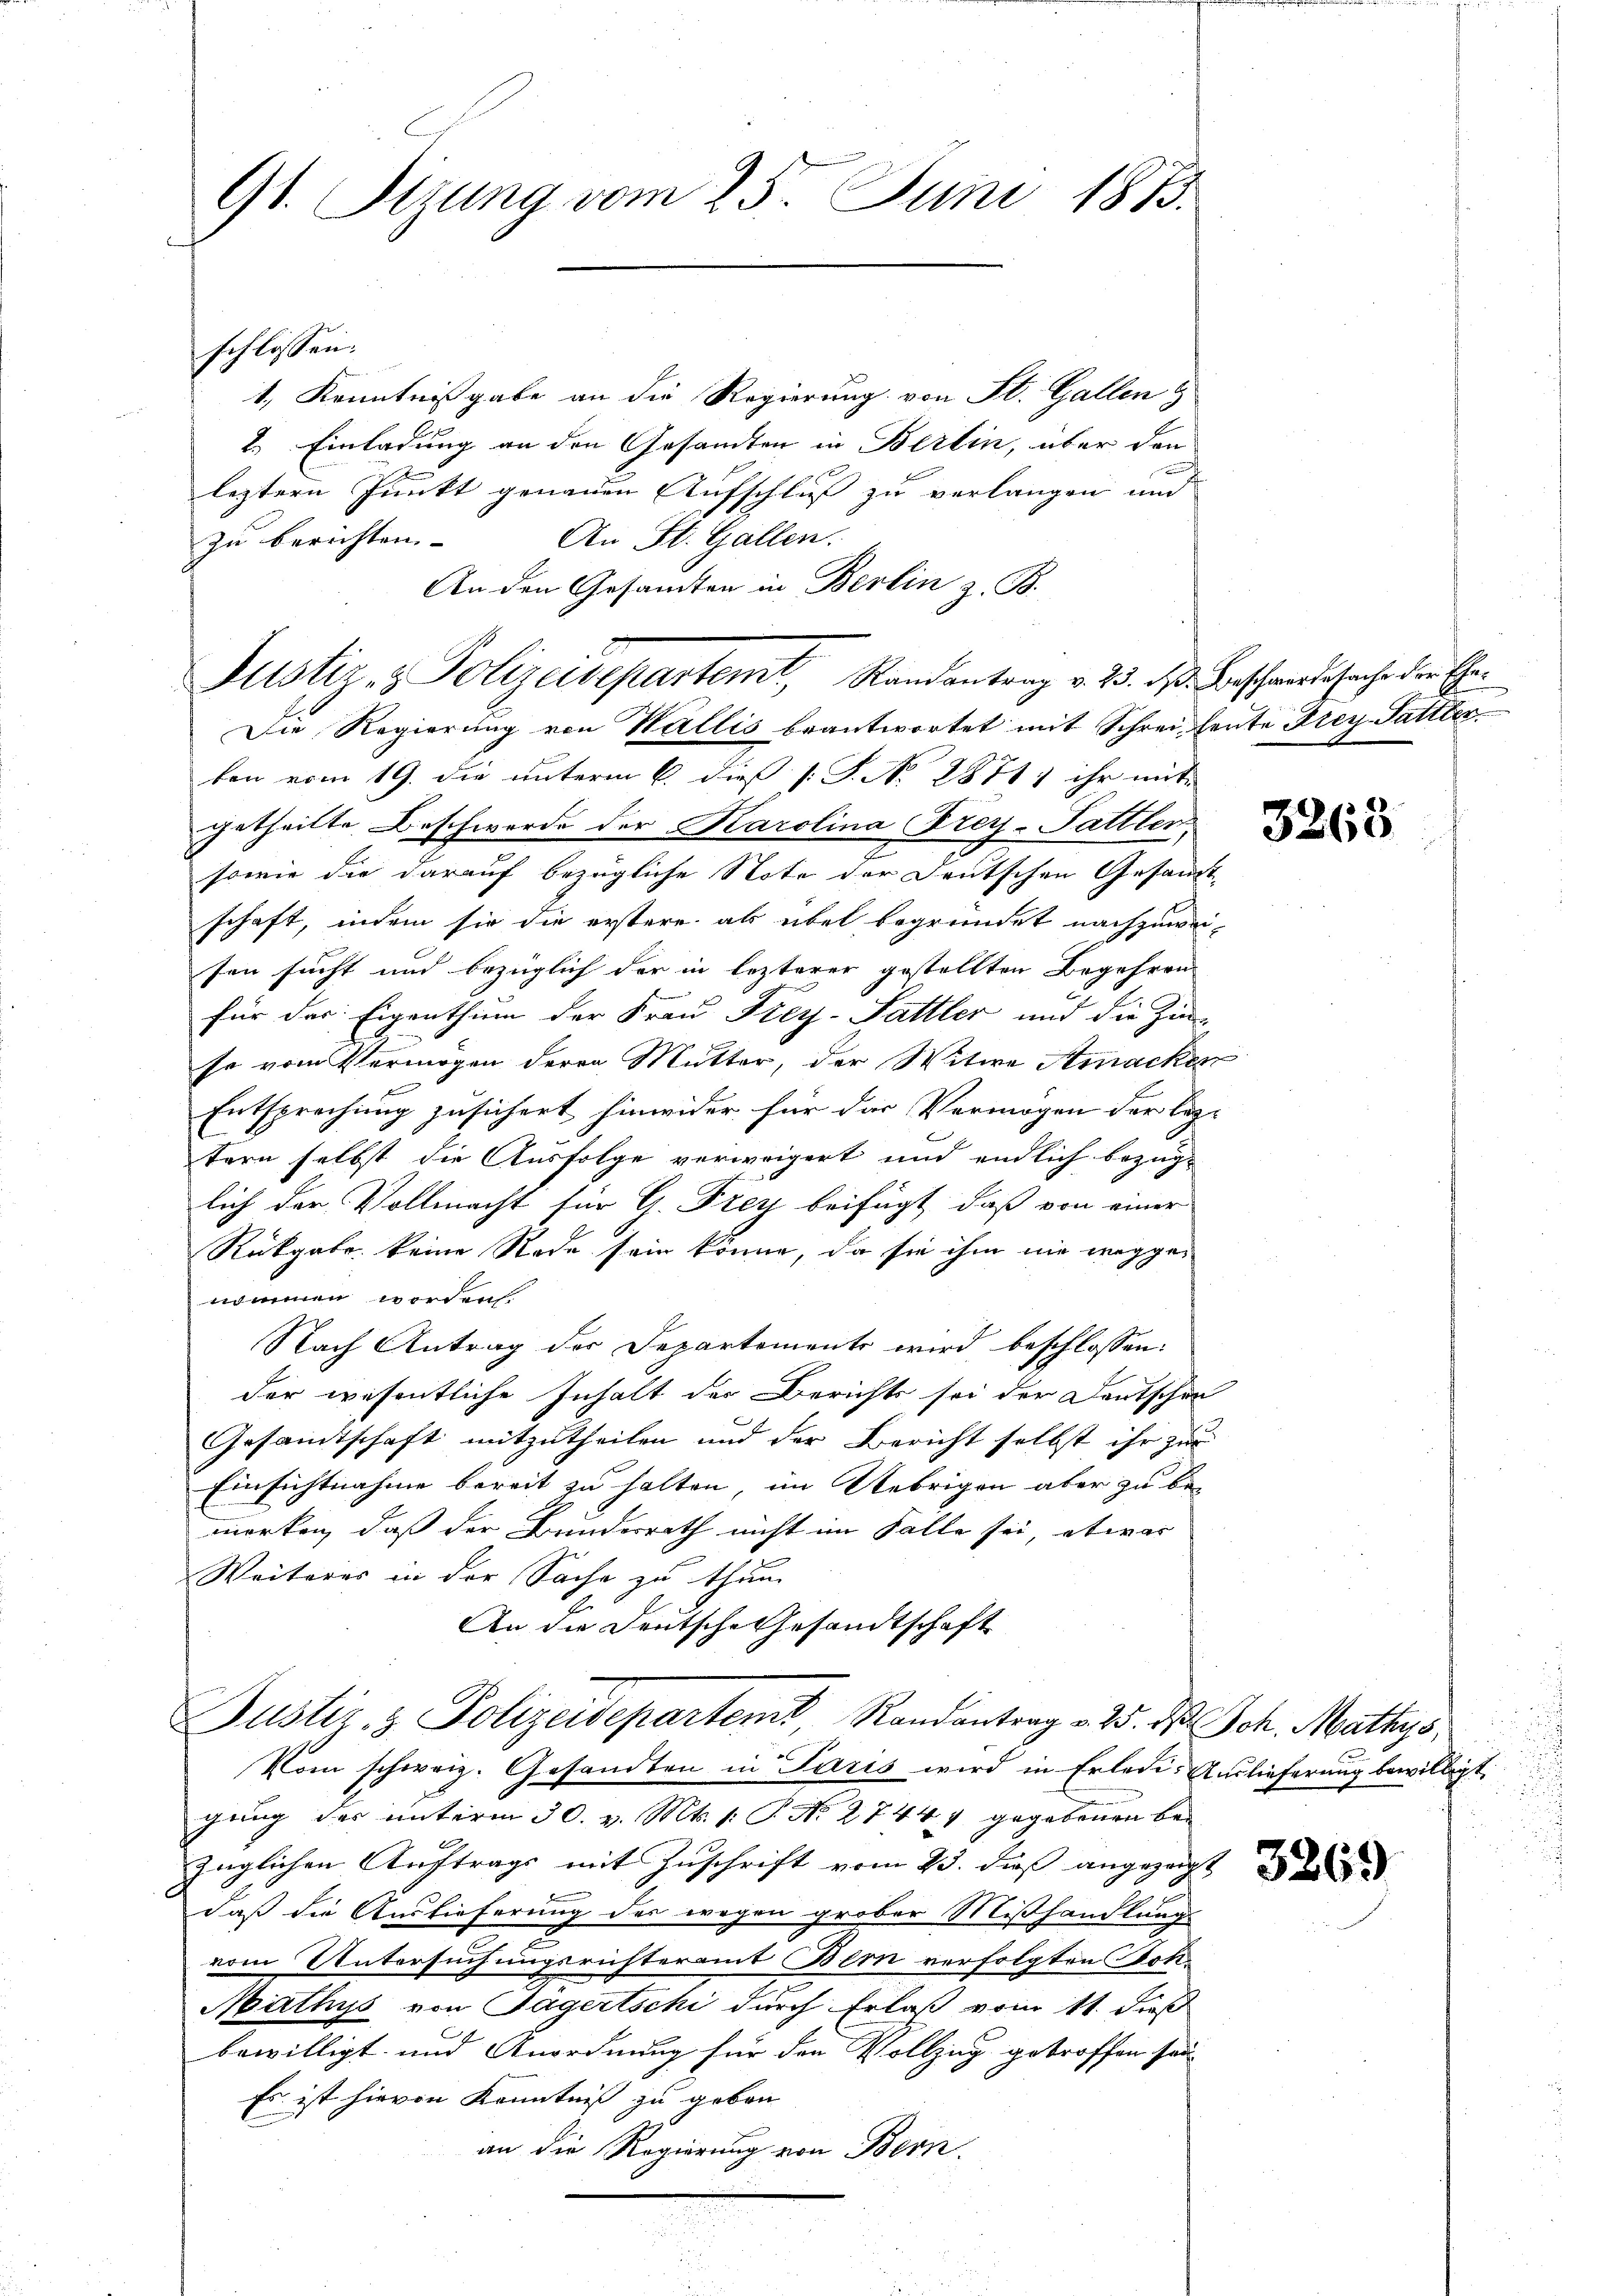
91. Sizung vom 25. Juni 1883.

schlossen:
1., Kenntnißgabe an die Regierung von St. Gallen
2.) Einladung an den Gesamten in Berlin, über den
leztern Punkt genauen Aufschluß zu verlangen und
An St. Gallen.
zu berichten.
An den Gesamten in Berlin z. B.
Die Regierung von Wallis beantwortet mit Schrei heute Frey-Sattler
ten vom 19. die unterm 6. dieß [S. No 28717 ihr mit
getheilte Beschwerde der Karolina Drey-Pattler,
sowie die darauf bezügliche Note der Deutschen Gesandt-
schaft, indem sie die erstere als übel begründet nachzuweisen sucht und bezüglich der in lezterer gestellten Begehren
für das Eigenthum der Frau Frey-Pattler und die Zinse vom Vermögen deren Mutter, der Witwe Amacken
Entsprechung zusichert, hinwider für das Vermögen der leztern selbst die Ausfolge verweigert und endlich bezüg-
lich der Vollmacht für G. Frey beifügt, daß von einer
Rückgabe keine Rede sein könne, da sie ihm nie weggenommen worden.
Nach Antrag der Departements wird beschlossen:
der wesentliche Inhalt der Berichts sei der Deutschen
Gesamtschaft mitzutheilen und der Bericht selbst ihr zur
Einsichtnahme bereit zu halten, im Uebrigen aber zu be-
merken, daß der Bundesrath nicht im Falle sei, etwas
Weiteres in der Sache zu thun
An die Deutsche Gesandtschaft
Justiz- & Polizeideparten Randantrag - 25. ds Joh. Mathys
Vom schweiz. Gesandten in Paris wird in Erlede: Auslieferung bewilligt,
gung der unterm 30. v. Mts. 1. P. Nr. 2744. 4 gegebenen bezüglichen Aŭftrags mit Zŭschrift vom 23. dieß angezeigt
daß die Auslieferung des wegen grober Mißhandlung
e
vom Untersuchungsrichteramt Bern verfolgten Stok¬
Mathys von Sagertschi durch Erlaß vom 11. dieß
bewilligt und Anordnung für den Vollzug getroffen son-
Es ist hievon Kenntniß zu geben
an die Regierung von Bern.

Justiz- & Polizeidepartemt, Randantrag v. 23. d. Beschwerde sache der Ehe¬

3263